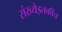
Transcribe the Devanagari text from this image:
संख्येइतकीच